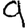
Digit: 9